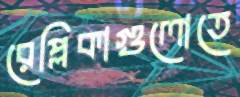
রেপ্লিকাগুলোতে